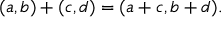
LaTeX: ( a , b ) + ( c , d ) = ( a + c , b + d ) .